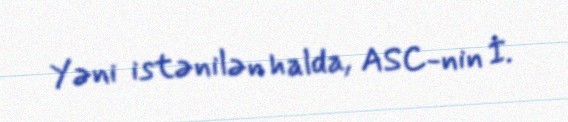
Yəni istənilən halda, ASC-nin İ.